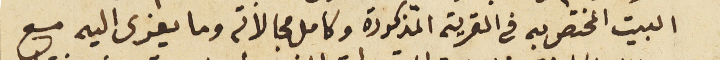
البيت المختص به فى القرية المذكورة وكامل مجالاته وما يعزى اليه مع